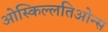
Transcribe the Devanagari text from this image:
ओस्किल्लतिओन्स